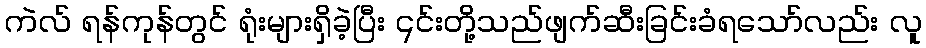
ကဲလ် ရန်ကုန်တွင် ရုံးများရှိခဲ့ပြီး ၎င်းတို့သည်ဖျက်ဆီးခြင်းခံရသော်လည်း လူ